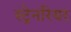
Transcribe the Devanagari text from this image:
स्ट्रेनरियर